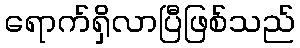
ရောက်ရှိလာပြီဖြစ်သည်